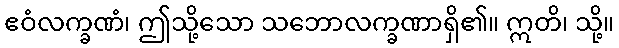
ဧဝံလက္ခဏံ၊ ဤသို့သော သဘောလက္ခဏာရှိ၏။ ဣတိ၊ သို့။